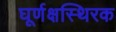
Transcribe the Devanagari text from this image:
घूर्णक्षस्थिरक